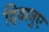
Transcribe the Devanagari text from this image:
दिवानुए